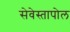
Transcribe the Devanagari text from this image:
सेवेस्तापोल